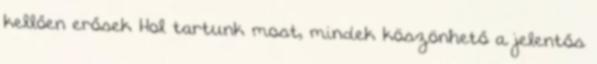
kellően erősek Hol tartunk most, mindek köszönhető a jelentős